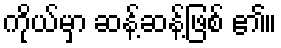
ကိုယ်မှာ ဆန့်ဆန့်ဖြစ် ၏။